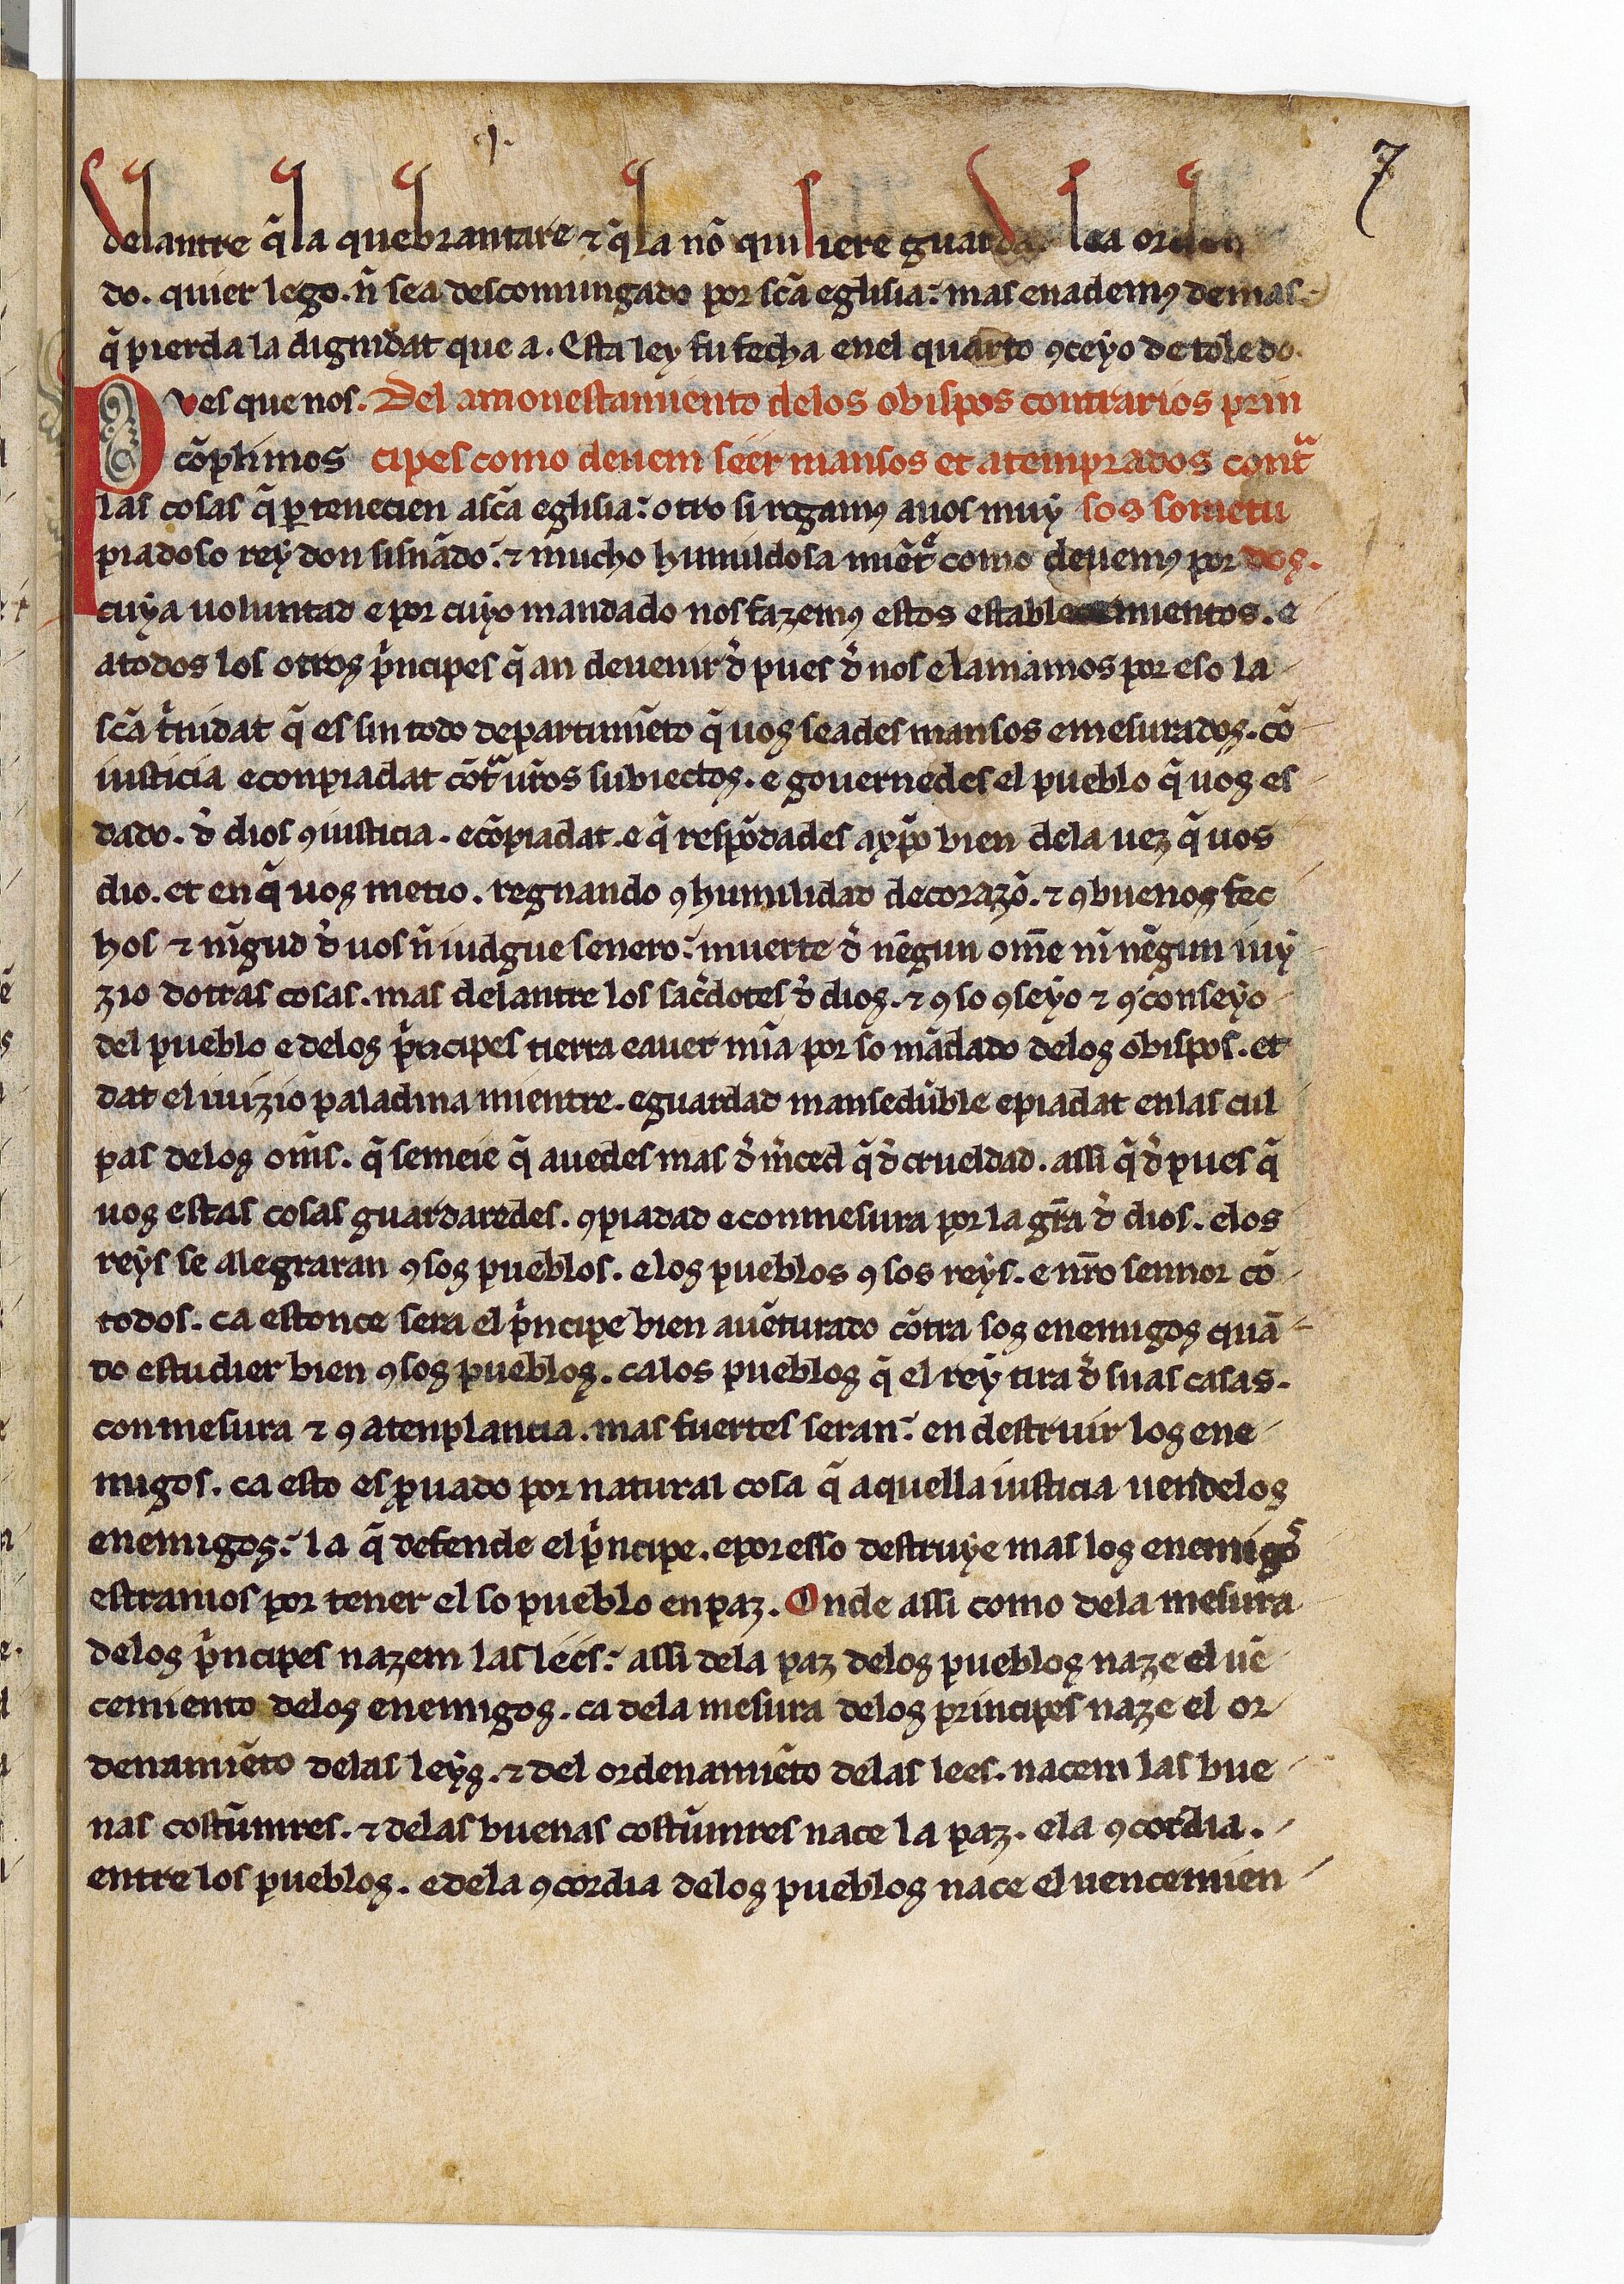
Shelfmark: Paris, BnF, esp. 256
Century: 13